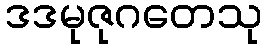
ဒဒမုဇုဂတေသု